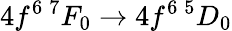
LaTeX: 4f^{6}\, {}^{7}F_{0}\to 4f^{6}\, {}^{5}D_{0}